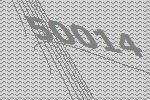
50014